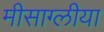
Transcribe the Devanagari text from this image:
मीसाग्लीया